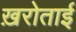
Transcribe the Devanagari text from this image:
ख़रोताई